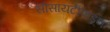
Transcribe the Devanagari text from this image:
सोसायटीकडून